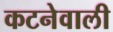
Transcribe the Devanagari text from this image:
कटनेवाली